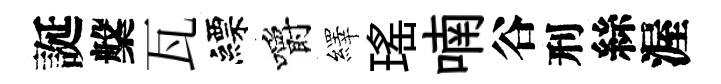
誕槃瓦縹嚼繹瑤喃谷刑絲渥